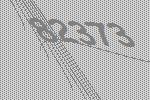
82373